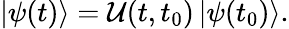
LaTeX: \left|\psi(t)\right>={\cal{U}}(t,t_{0})\left|\psi(t_{0})\right>.